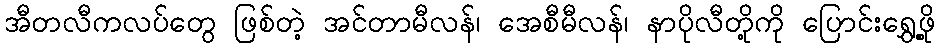
အီတလီကလပ်တွေ ဖြစ်တဲ့ အင်တာမီလန်၊ အေစီမီလန်၊ နာပိုလီတို့ကို ပြောင်းရွှေ့ဖို့